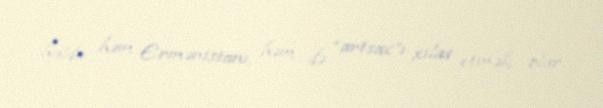
halda həm Ermənistanı, həm də “artsax”ı xilas etmək olar.